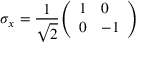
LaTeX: \sigma _ { x } = { \frac { 1 } { \sqrt { 2 } } } { \left( \begin{array} { l l } { 1 } & { 0 } \\ { 0 } & { - 1 } \end{array} \right) }